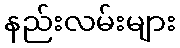
နည်းလမ်းများ